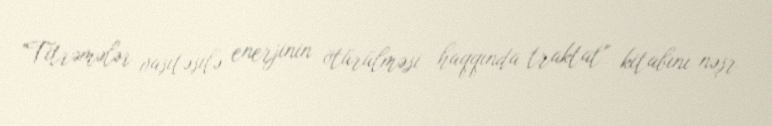
"Titrəmələr vasitəsilə enerjinin ötürülməsi haqqında traktat" kitabını nəşr